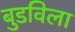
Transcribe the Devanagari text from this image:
बुडविला